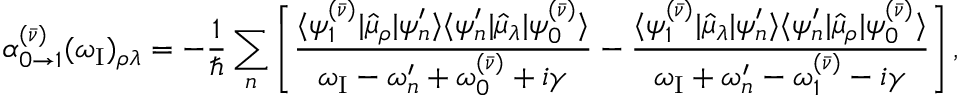
\alpha _ { 0 \to 1 } ^ { ( \bar { \nu } ) } ( \omega _ { \mathrm { { I } } } ) _ { \rho \lambda } = - \frac { 1 } { \hbar } \sum _ { n } \left[ \frac { \langle \psi _ { 1 } ^ { ( \bar { \nu } ) } | \hat { \mu } _ { \rho } | \psi _ { n } ^ { \prime } \rangle \langle \psi _ { n } ^ { \prime } | \hat { \mu } _ { \lambda } | \psi _ { 0 } ^ { ( \bar { \nu } ) } \rangle } { \omega _ { \mathrm { { I } } } - \omega _ { n } ^ { \prime } + \omega _ { 0 } ^ { ( \bar { \nu } ) } + i \gamma } - \frac { \langle \psi _ { 1 } ^ { ( \bar { \nu } ) } | \hat { \mu } _ { \lambda } | \psi _ { n } ^ { \prime } \rangle \langle \psi _ { n } ^ { \prime } | \hat { \mu } _ { \rho } | \psi _ { 0 } ^ { ( \bar { \nu } ) } \rangle } { \omega _ { \mathrm { { I } } } + \omega _ { n } ^ { \prime } - \omega _ { 1 } ^ { ( \bar { \nu } ) } - i \gamma } \right] ,